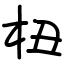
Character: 杻